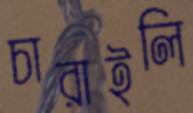
চারাইলি